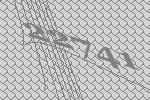
22741